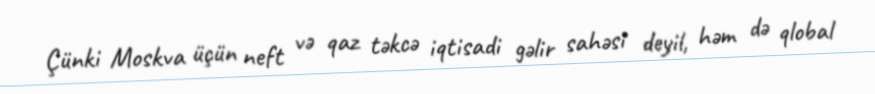
Çünki Moskva üçün neft və qaz təkcə iqtisadi gəlir sahəsi deyil, həm də qlobal